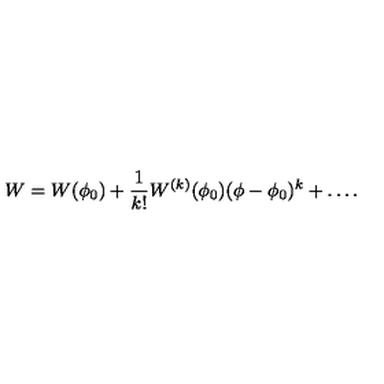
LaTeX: W = W ( \phi _ { 0 } ) + { \frac { 1 } { k ! } } W ^ { ( k ) } ( \phi _ { 0 } ) ( \phi - \phi _ { 0 } ) ^ { k } + \dots .